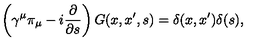
\left( \gamma ^ { \mu } \pi _ { \mu } - i \frac \partial { \partial s } \right) G ( x , x ^ { \prime } , s ) = \delta ( x , x ^ { \prime } ) \delta ( s ) ,